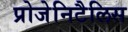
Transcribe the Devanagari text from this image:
प्रोजेनिटैलिस